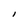
Character: l